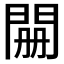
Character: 𮤊